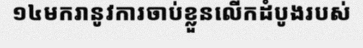
១៤មករានូវការចាប់ខ្លួនលើកដំបូងរបស់